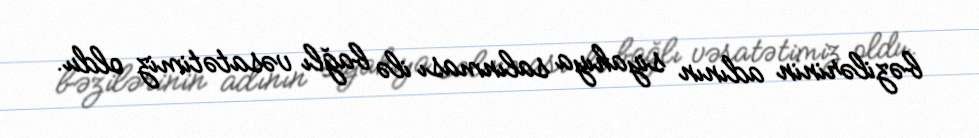
bəzilərinin adının siyahıya salınması ilə bağlı vəsatətimiz oldu.